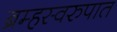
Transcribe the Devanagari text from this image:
ब्रम्हस्वरुपात